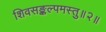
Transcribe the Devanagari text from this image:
शिवसङ्कल्पमस्तु॥२॥